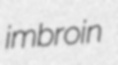
imbroin